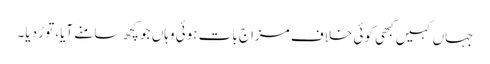
جہاں کہیں کبھی کوئی خلافِ مزاج بات ہوئی وہاں جو کچھ سامنے آیا، توڑ دیا۔